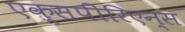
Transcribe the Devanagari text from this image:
एक्सपीरिएन्स